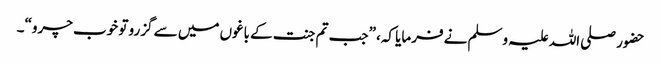
حضور صلی اللہ علیہ وسلم نے فرمایا کہ، ”جب تم جنت کے باغوں میں سے گزرو تو خوب چرو“۔